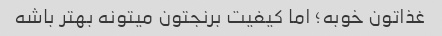
غذاتون خوبه؛ اما کیفیت برنجتون میتونه بهتر باشه